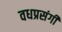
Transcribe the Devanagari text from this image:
वधप्रसंगी